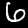
Digit: 6